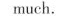
much.